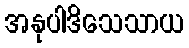
အနုပါဒိသေသာယ